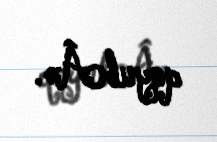
qoyubÂ».